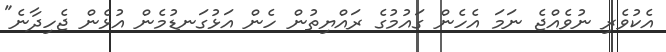
އެކުވެރި ނުވެއްޖެ ނަމަ އެހެން ގައުމުގެ ރައްޔިތުން ހެން އަޅުގަނޑުމެން އުޅެން ޖެހިދާނެ"